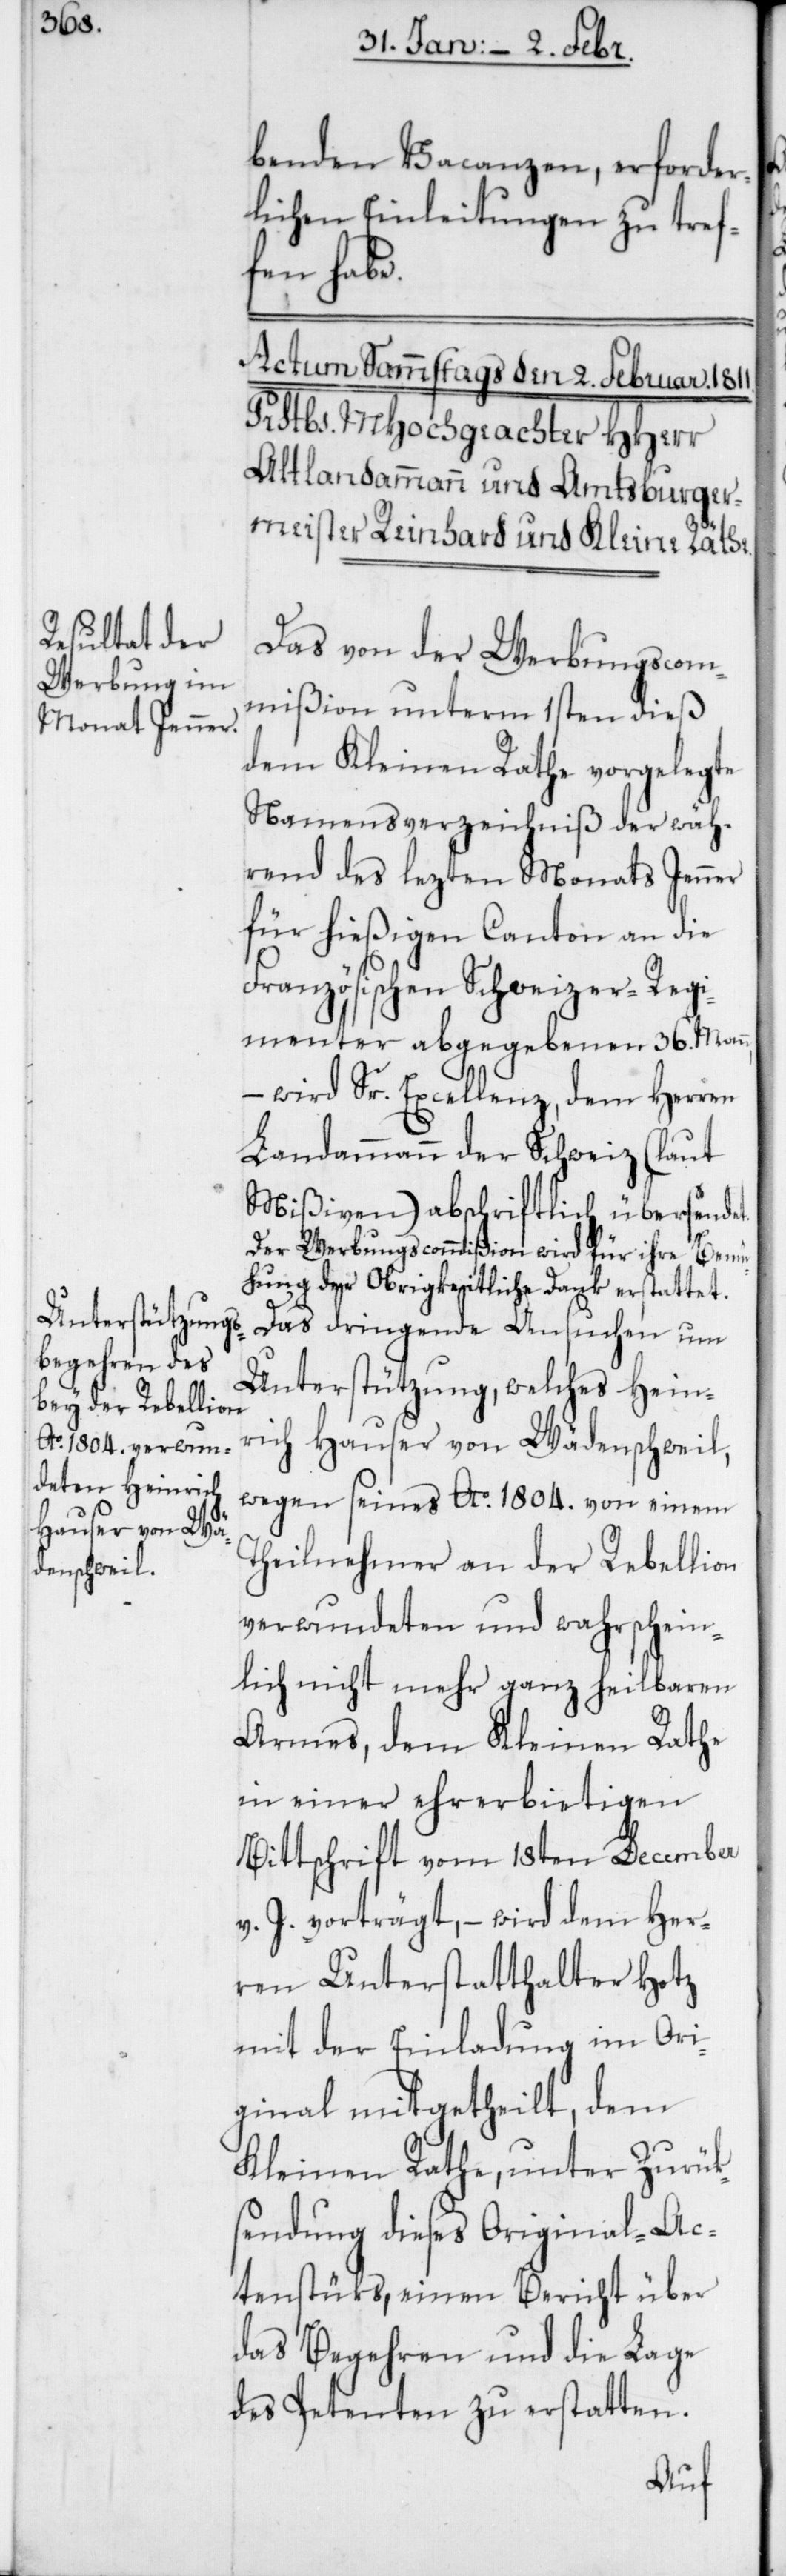
benden Vacanzen, erforder¬
lichen Einleitungen zu tref¬
fen habe.
Das von der Werbungscom¬
mißion unterm 1sten dieß
dem Kleinen Rathe vorgelegte
Namensverzeichniß der wäh¬
rend des lezten Monats Jenner
für hießigen Canton an die
Französischen Schweizer-Regi¬
menter abgegebenen 36. Mann,
– wird Sr. Excellenz, dem Herren
Landammann der Schweiz (laut
Mißiven) abschriftlich übersendet.
Der Werbungscommißion wird für ihre Bemü¬
hung der Obrigkeitliche Dank erstattet.
Das dringende Ansuchen um
Unterstützung, welches Hein¬
rich Hauser von Wädenschweil,
wegen seines Ao. 1804. von einem
Theilnehmer an der Rebellion
verwundeten und wahrschein¬
lich nicht mehr ganz heilbaren
Armes, dem Kleinen Rathe
in einer ehrerbietigen
Bittschrift vom 18ten December
v. J. vorträgt, – wird dem Her¬
ren Unterstatthalter Hotz
mit der Einladung im Ori¬
ginal mitgetheilt, dem
Kleinen Rathe, unter Zurüks¬
endung dieses Original-Ac¬
tenstüks, einen Bericht über
das Begehren und die Lage
des Petenten zu erstatten.